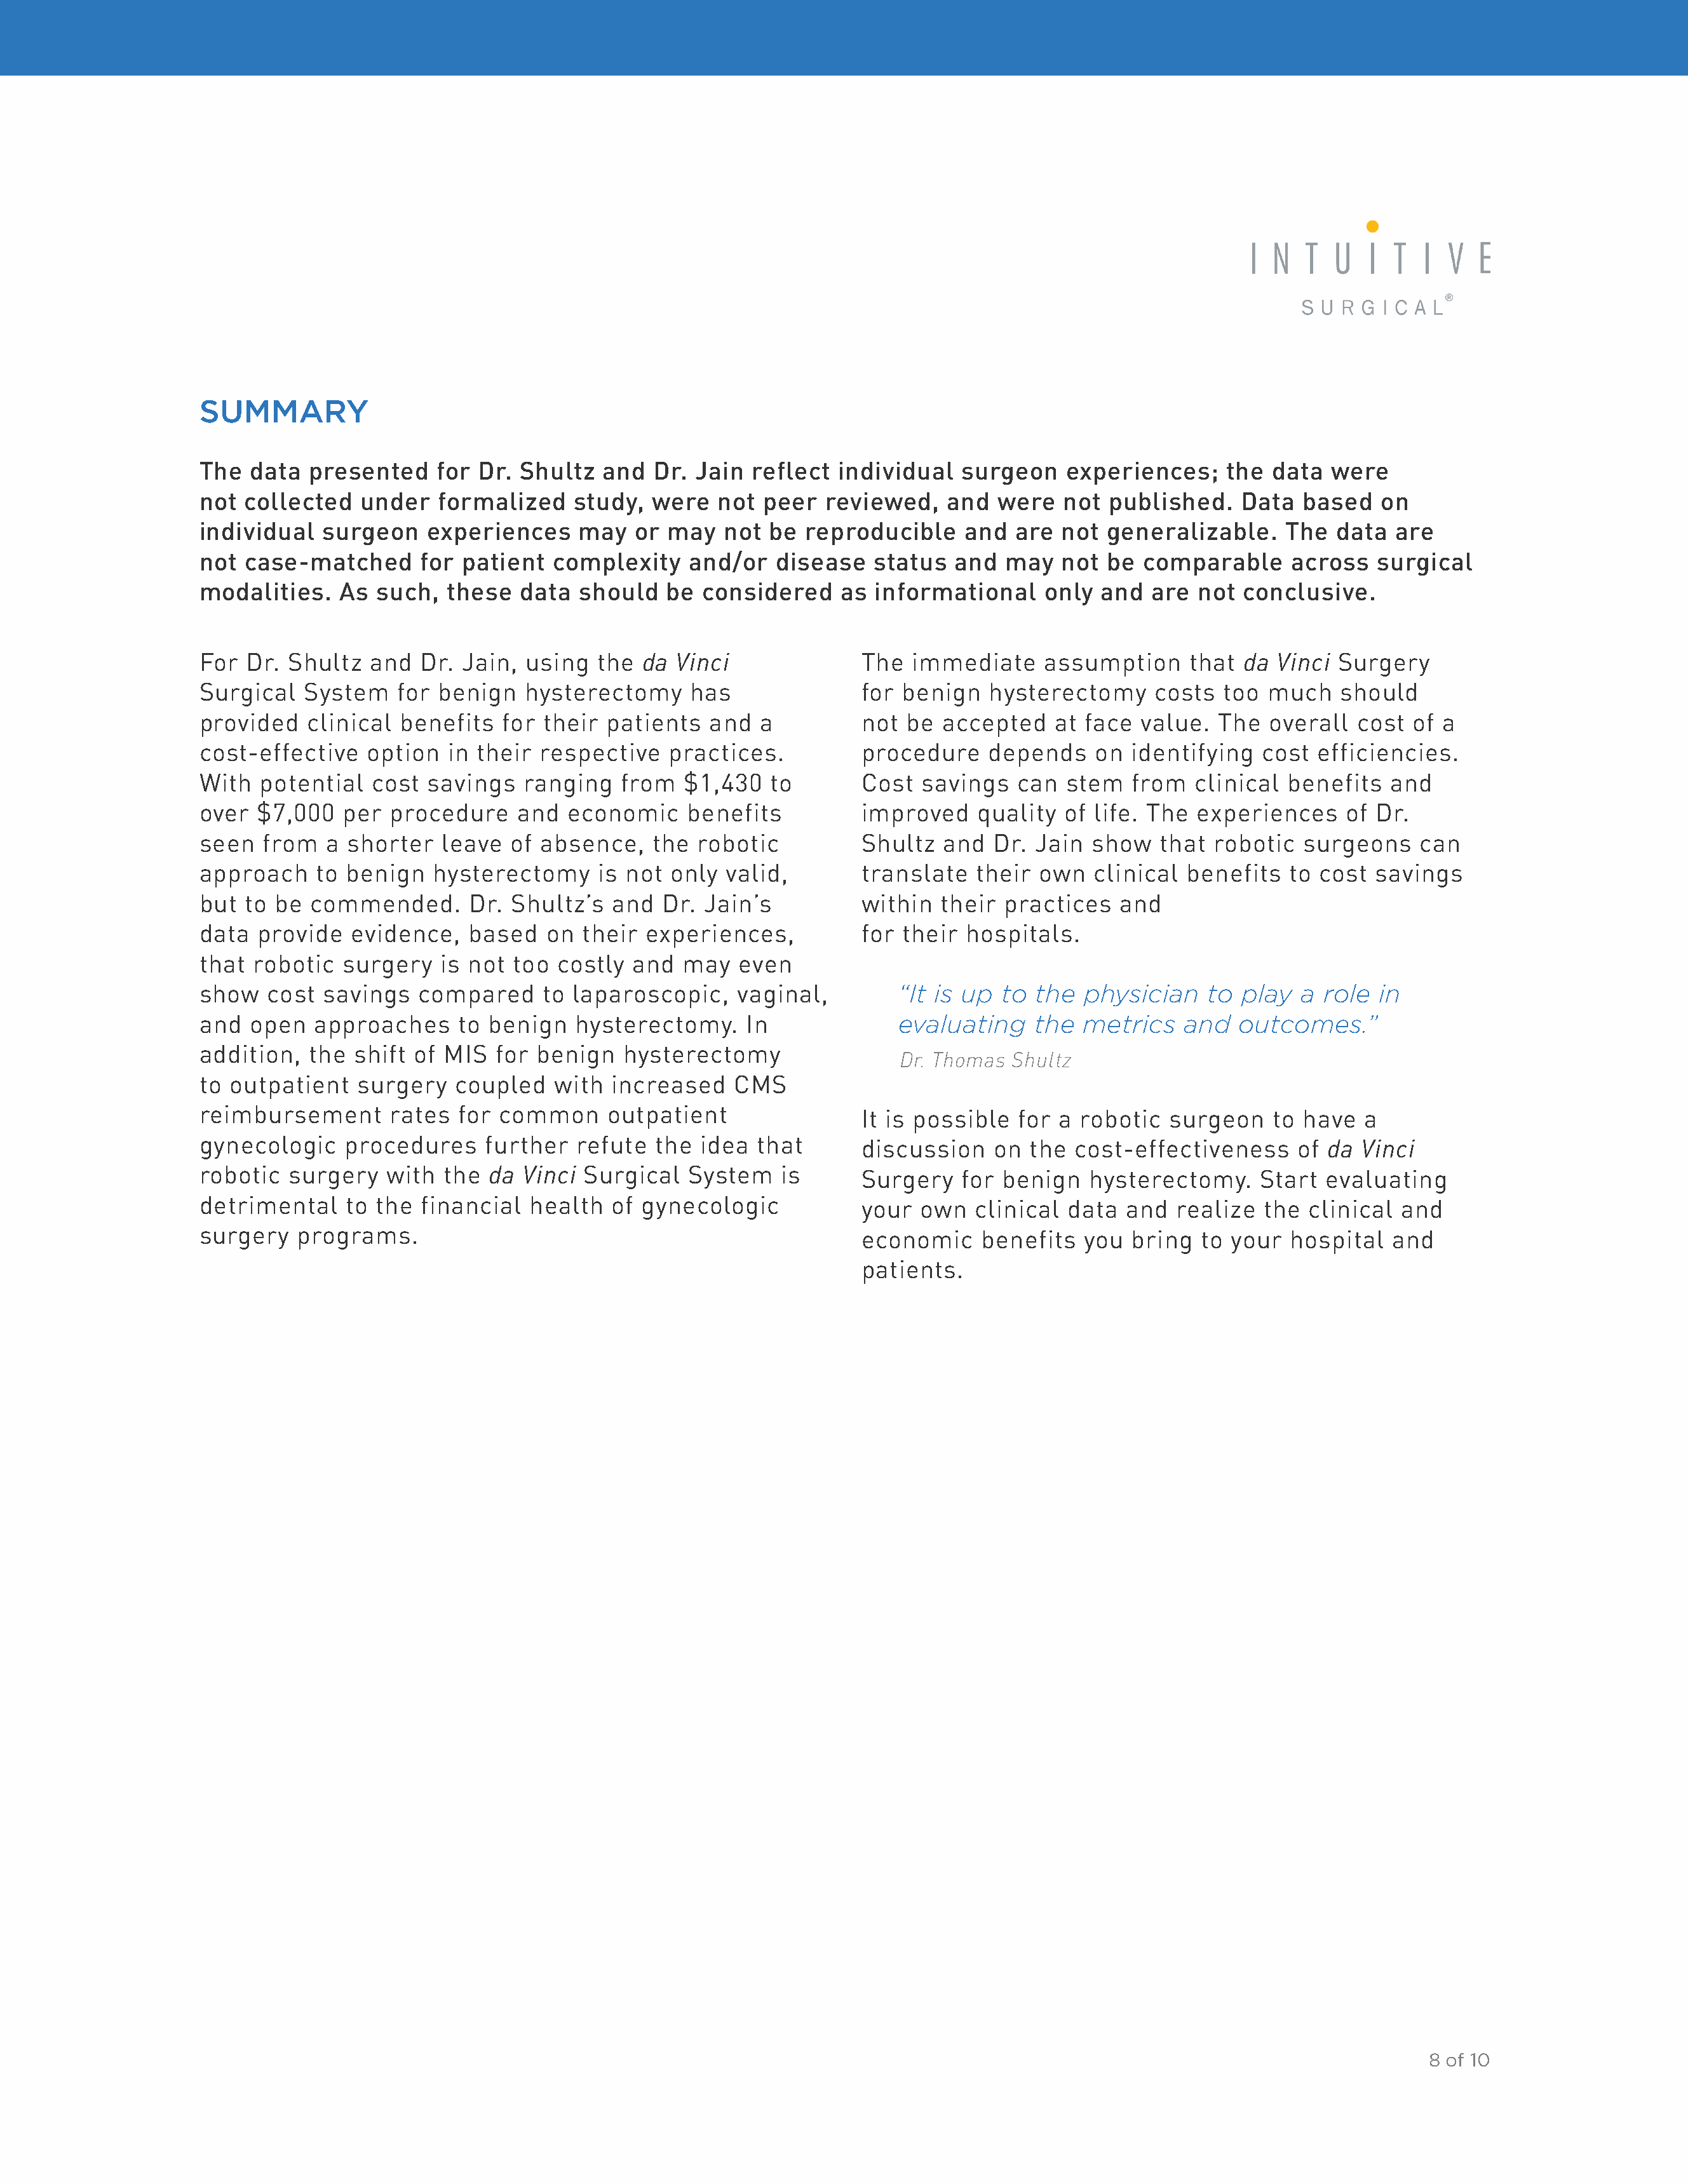
SUMMARY
 The  data  presented     for Dr. Shultz   and  Dr. Jain  reflect  individual   surgeon    experiences;     the  data  were
 not collected    under   formalized    study,  were   not  peer  reviewed,    and  were   not  published.   Data   based   on
 individual   surgeon    experiences    may   or  may  not  be  reproducible     and  are  not generalizable.     The  data  are
 not case-matched       for patient   complexity    and/or   disease   status  and   may   not be  comparable      across  surgical
 modalities.   As  such,   these  data  should   be  considered     as informational     only  and  are  not  conclusive.
 For  Dr. Shultz   and  Dr. Jain,  using  the  da Vinci               The  immediate     assumption     that da  Vinci Surgery
 Surgical   System   for  benign   hysterectomy     has               for benign   hysterectomy     costs  too  much    should
 provided   clinical  benefits  for  their patients   and  a          not be  accepted    at face  value.  The  overall  cost  of a
 cost-effective   option   in their respective    practices.          procedure    depends    on  identifying  cost  efficiencies.
 With  potential   cost  savings   ranging   from  $1,430   to        Cost  savings   can  stem   from   clinical benefits   and
 over  $7,000   per  procedure    and  economic     benefits          improved    quality  of life. The  experiences    of Dr.
 seen  from   a shorter   leave  of absence,    the  robotic          Shultz  and   Dr. Jain  show   that robotic   surgeons    can
 approach    to benign   hysterectomy     is not  only  valid,        translate   their own   clinical  benefits  to cost  savings
 but to  be commended.       Dr. Shultz’s   and  Dr. Jain’s           within  their  practices   and
 data  provide   evidence,   based   on  their experiences,           for their  hospitals.
 that robotic   surgery   is not too  costly  and  may   even
 show   cost  savings   compared     to laparoscopic,    vaginal,         “It is up to  the  physician    to play   a role  in
 and  open   approaches     to benign   hysterectomy.     In              evaluating    the  metrics   and   outcomes.”
 addition,  the  shift of MIS   for benign   hysterectomy
 Dr. Thomas Shultz
 to outpatient   surgery   coupled    with  increased   CMS
 reimbursement       rates  for common     outpatient
 It is possible  for a robotic   surgeon    to have  a
 gynecologic    procedures     further  refute  the  idea  that
 discussion   on  the  cost-effectiveness     of da  Vinci
 robotic  surgery   with  the  da Vinci  Surgical   System   is
 Surgery   for benign   hysterectomy.     Start  evaluating
 detrimental    to the  financial  health   of gynecologic
 your  own   clinical data  and   realize  the clinical  and
 surgery   programs.
 economic    benefits   you  bring  to your  hospital   and
 patients.
 8 of 10